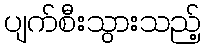
ပျက်စီးသွားသည့်